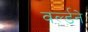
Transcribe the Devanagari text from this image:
वर्ल्डने